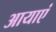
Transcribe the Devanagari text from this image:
आयाएं